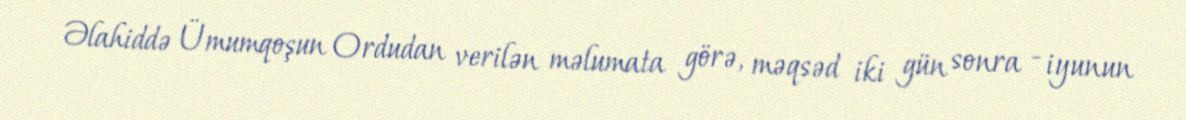
Əlahiddə Ümumqoşun Ordudan verilən məlumata görə, məqsəd iki gün sonra - iyunun